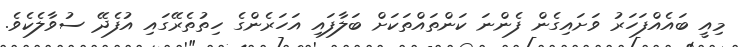
މިއީ ބައެއްފަހަރު ވަށައިގެން ފެންނަ ކަންތައްތަކަށް ބަލާފައި އަހަރެންގެ ހިތުތެރޭގައި އުފެދޭ ސުވާލެކެވެ.